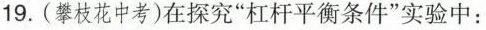
19.(攀枝花中考)在探究”杠杆平衡条件”实验中：